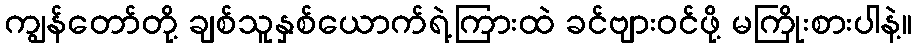
ကျွန်တော်တို့ ချစ်သူနှစ်ယောက်ရဲ့ကြားထဲ ခင်ဗျားဝင်ဖို့ မကြိုးစားပါနဲ့။